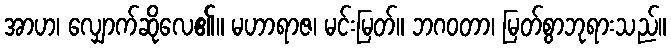
အာဟ၊ လျှောက်ဆိုလေ၏။ မဟာရာဇ၊ မင်းမြတ်။ ဘဂဝတာ၊ မြတ်စွာဘုရားသည်။